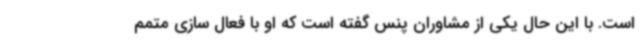
است. با این حال یکی از مشاوران پنس گفته است که او با فعال سازی متمم